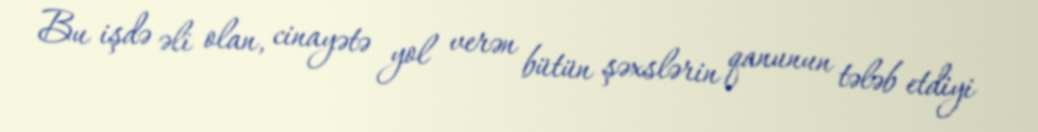
Bu işdə əli olan, cinayətə yol verən bütün şəxslərin qanunun tələb etdiyi